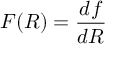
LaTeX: F ( R ) = { \frac { d f } { d R } }